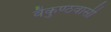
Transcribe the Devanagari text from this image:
वैकुण्ठवासी